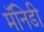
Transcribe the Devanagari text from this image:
मॅनिडी